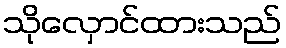
သိုလှောင်ထားသည်